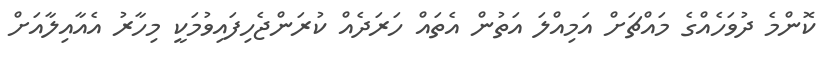
ކޮންމެ ދުވަހެއްގެ މައްޗަށް އަމިއްލަ އަތުން އެތައް ހަރަދެއް ކުރަންޖެހިފައިވުމަކީ މިހާރު އެއާއިލާއަށް